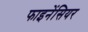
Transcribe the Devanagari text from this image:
फाइनेंसियर